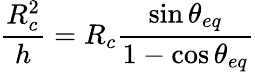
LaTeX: \frac{R_{c}^{2}}{h}=R_{c}\frac{\sin{\theta_{eq}}}{1-\cos{\theta_{eq}}}